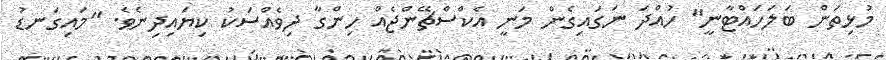
މުޅިތަން ބަލަހައްޓާނީ" ހުއްދަ ނަގައިގެން މަނީ އެކްސްޗޭންޖެއް ހިންގާ ދިވެއްސަކު ކިޔައިދިނެވެ. "މައިގަނޑު